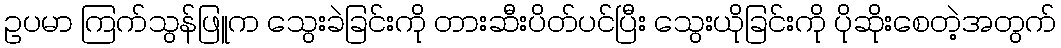
ဥပမာ ကြက်သွန်ဖြူက သွေးခဲခြင်းကို တားဆီးပိတ်ပင်ပြီး သွေးယိုခြင်းကို ပိုဆိုးစေတဲ့အတွက်